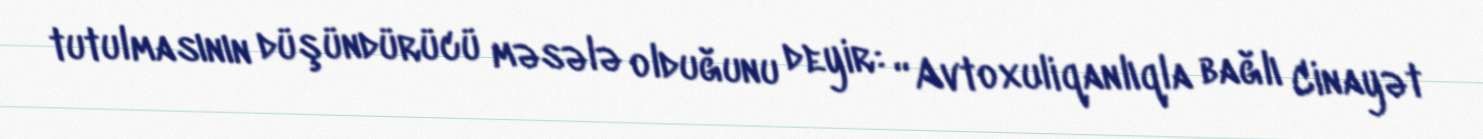
tutulmasının düşündürücü məsələ olduğunu deyir: “Avtoxuliqanlıqla bağlı Cinayət